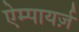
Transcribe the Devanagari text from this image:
ऐम्पायर्ज़